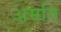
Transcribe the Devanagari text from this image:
अमति